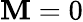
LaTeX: \mathbf{M}=0